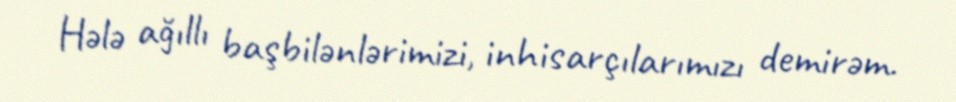
Hələ ağıllı başbilənlərimizi, inhisarçılarımızı demirəm.